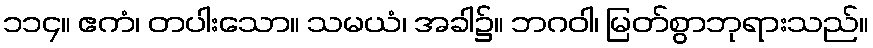
၁၁၄။ ဧကံ၊ တပါးသော။ သမယံ၊ အခါ၌။ ဘဂဝါ၊ မြတ်စွာဘုရားသည်။